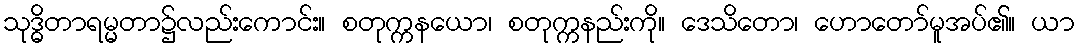
သုဒ္ဓိတာရမ္မတာ၌လည်းကောင်း။ စတုက္ကနယော၊ စတုက္ကနည်းကို။ ဒေသိတော၊ ဟောတော်မူအပ်၏။ ယာ